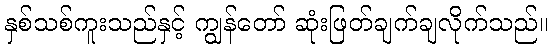
နှစ်သစ်ကူးသည်နှင့် ကျွန်တော် ဆုံးဖြတ်ချက်ချလိုက်သည်။